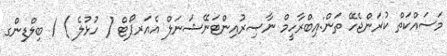
މަސައްކަތް ކުރަންޖެހޭ ތަން:އިބްރާހީމް ނާޞިރުއިންޓަނޭޝަނަލް އެއަރޕޯޓް ( ހުޅުލެ ) / ބިލްޑިންގ